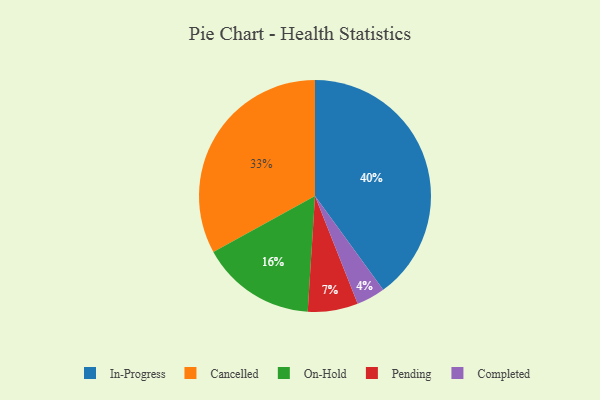
{"axis": {"x": "Category", "y": "Percentage"}, "legend": ["Cancelled", "Completed", "In-Progress", "On-Hold", "Pending"], "data": [{"x": "Completed", "y": 4, "type": "Completed"}, {"x": "On-Hold", "y": 16, "type": "On-Hold"}, {"x": "Cancelled", "y": 33, "type": "Cancelled"}, {"x": "In-Progress", "y": 40, "type": "In-Progress"}, {"x": "Pending", "y": 7, "type": "Pending"}]}